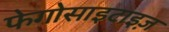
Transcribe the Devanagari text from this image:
फेगोसाइटाइज़